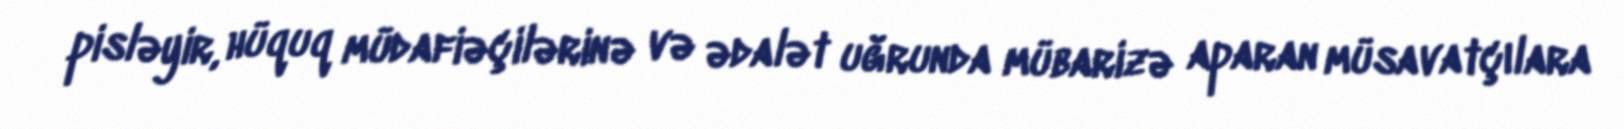
pisləyir, hüquq müdafiəçilərinə və ədalət uğrunda mübarizə aparan müsavatçılara